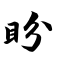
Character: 盼